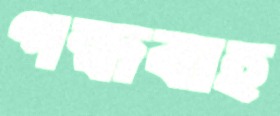
গন্ধবাহ